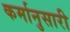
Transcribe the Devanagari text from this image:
कर्मानुसारी